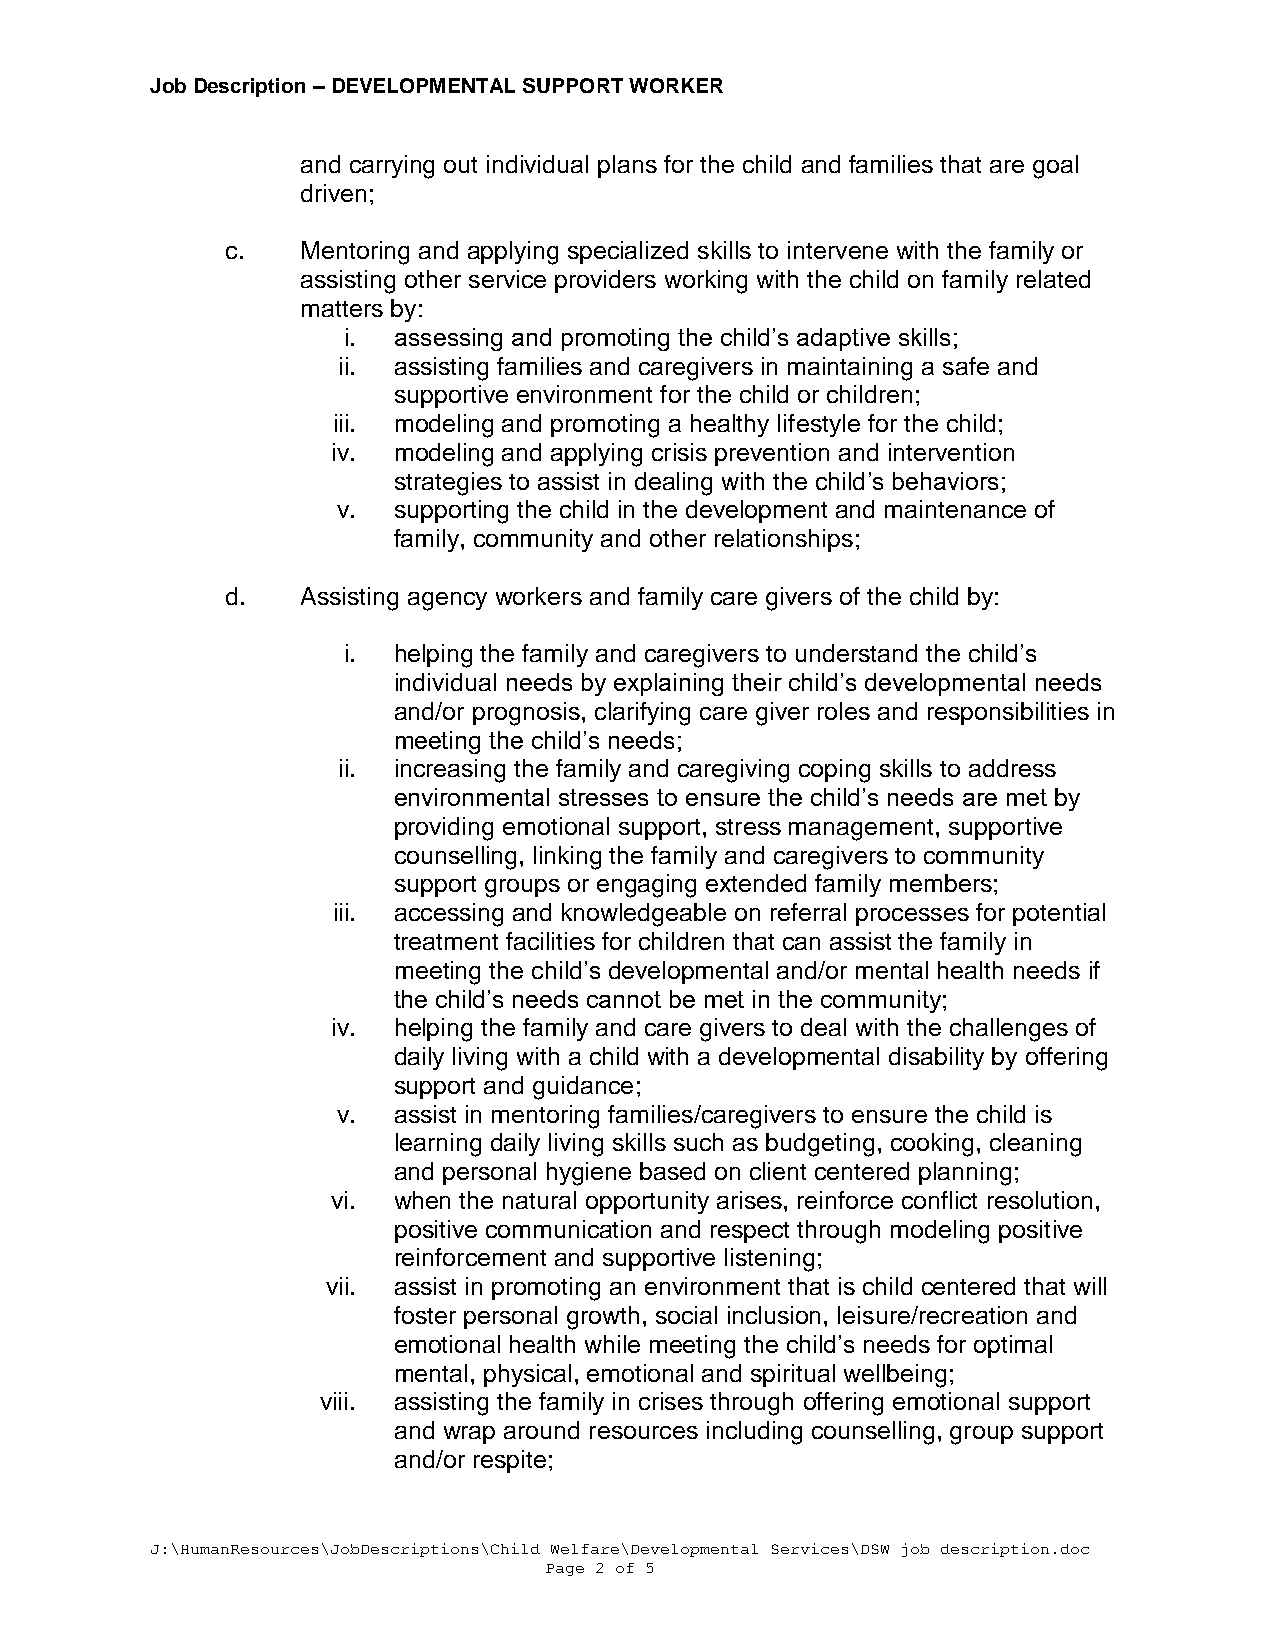
Job Description – DEVELOPMENTAL SUPPORT WORKER
 and carrying out individual plans for the child and families that are goal
 driven;
 c.   Mentoring and applying specialized skills to intervene with the family or
 assisting other service providers working with the child on family related
 matters by:
 i. assessing and promoting the child’s adaptive skills;
 ii. assisting families and caregivers in maintaining a safe and
 supportive environment for the child or children;
 iii. modeling and promoting a healthy lifestyle for the child;
 iv. modeling and applying crisis prevention and intervention
 strategies to assist in dealing with the child’s behaviors;
 v.  supporting the child in the development and maintenance of
 family, community and other relationships;
 d.   Assisting agency workers and family care givers of the child by:
 i. helping the family and caregivers to understand the child’s
 individual needs by explaining their child’s developmental needs
 and/or prognosis, clarifying care giver roles and responsibilities in
 meeting the child’s needs;
 ii. increasing the family and caregiving coping skills to address
 environmental stresses to ensure the child’s needs are met by
 providing emotional support, stress management, supportive
 counselling, linking the family and caregivers to community
 support groups or engaging extended family members;
 iii. accessing and knowledgeable on referral processes for potential
 treatment facilities for children that can assist the family in
 meeting the child’s developmental and/or mental health needs if
 the child’s needs cannot be met in the community;
 iv. helping the family and care givers to deal with the challenges of
 daily living with a child with a developmental disability by offering
 support and guidance;
 v.  assist in mentoring families/caregivers to ensure the child is
 learning daily living skills such as budgeting, cooking, cleaning
 and personal hygiene based on client centered planning;
 vi. when the natural opportunity arises, reinforce conflict resolution,
 positive communication and respect through modeling positive
 reinforcement and supportive listening;
 vii. assist in promoting an environment that is child centered that will
 foster personal growth, social inclusion, leisure/recreation and
 emotional health while meeting the child’s needs for optimal
 mental, physical, emotional and spiritual wellbeing;
 viii. assisting the family in crises through offering emotional support
 and wrap around resources including counselling, group support
 and/or respite;
 J:\HumanResources\JobDescriptions\Child Welfare\Developmental Services\DSW job description.doc
 Page 2 of 5